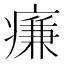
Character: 㾾